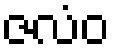
ဇလံဝ